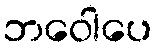
ဘဝေါပေ